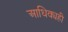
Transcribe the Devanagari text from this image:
आधिक्यही